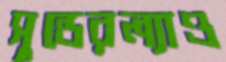
সুন্ডেরল্যাণ্ড